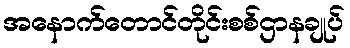
အနောက်တောင်တိုင်းစစ်ဌာနချုပ်